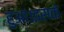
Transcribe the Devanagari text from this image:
हुआ।इसके